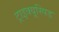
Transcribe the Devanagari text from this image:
ट्राइक्यूस्पिड